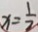
x = \frac { 1 } { 2 }